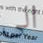
الى